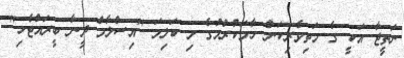
ނަތީޖާ އަކީ ގެ މަތިވެރިކަން ހާމަކުރުމުގެ މި ކަލިމަ "އިސްލާމް ދީނާ ބީރައްޓެހި"